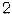
2